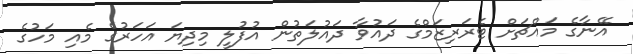
އޭނާގެ މައްޗަށް ޓެރަރިޒަމްގެ ދައުވާ ދައުލަތުން އުފުލީ މިދިޔަ އަހަރުގެ މެއި މަހުގެ